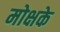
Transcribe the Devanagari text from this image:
मोक्षके